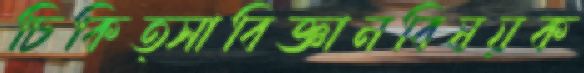
চিকিত্সাবিজ্ঞানবিষয়ক